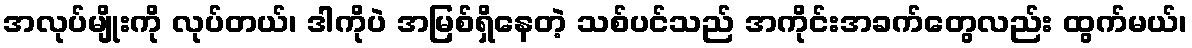
အလုပ်မျိုးကို လုပ်တယ်၊ ဒါကိုပဲ အမြစ်ရှိနေတဲ့ သစ်ပင်သည် အကိုင်းအခက်တွေလည်း ထွက်မယ်၊